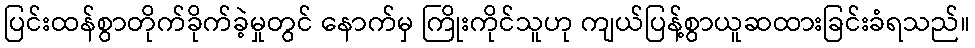
ပြင်းထန်စွာတိုက်ခိုက်ခဲ့မှုတွင် နောက်မှ ကြိုးကိုင်သူဟု ကျယ်ပြန့်စွာယူဆထားခြင်းခံရသည်။